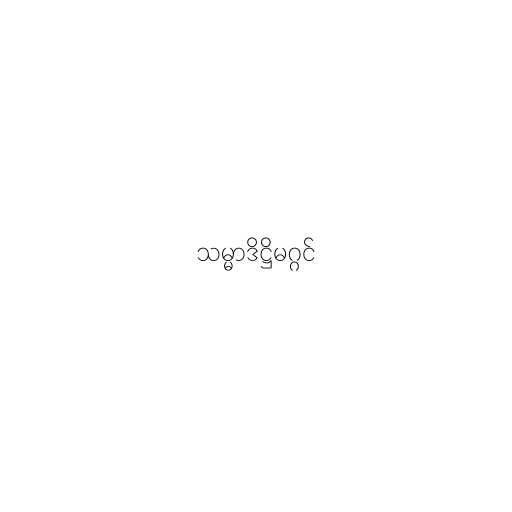
သမ္မာဒိဋ္ဌိမဂ္ဂင်